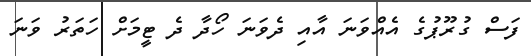
ފަސް ގުރޫޕުގެ އެއްވަނަ އާއި ދެވަނަ ހޯދާ ދެ ޓީމަށް ހަތަރު ވަނަ